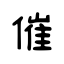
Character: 催